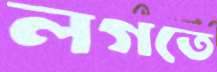
লগতে